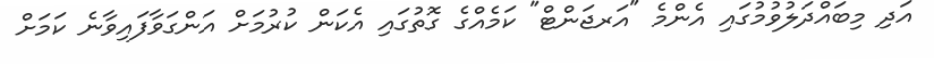
އަދި މިބައްދަލުވުމުގައި އެންމެ "އަރޖަންޓް" ކަމެއްގެ ގޮތުގައި އެކަން ކުރުމަށް އަންގަވާފައިވާނެ ކަމަށް